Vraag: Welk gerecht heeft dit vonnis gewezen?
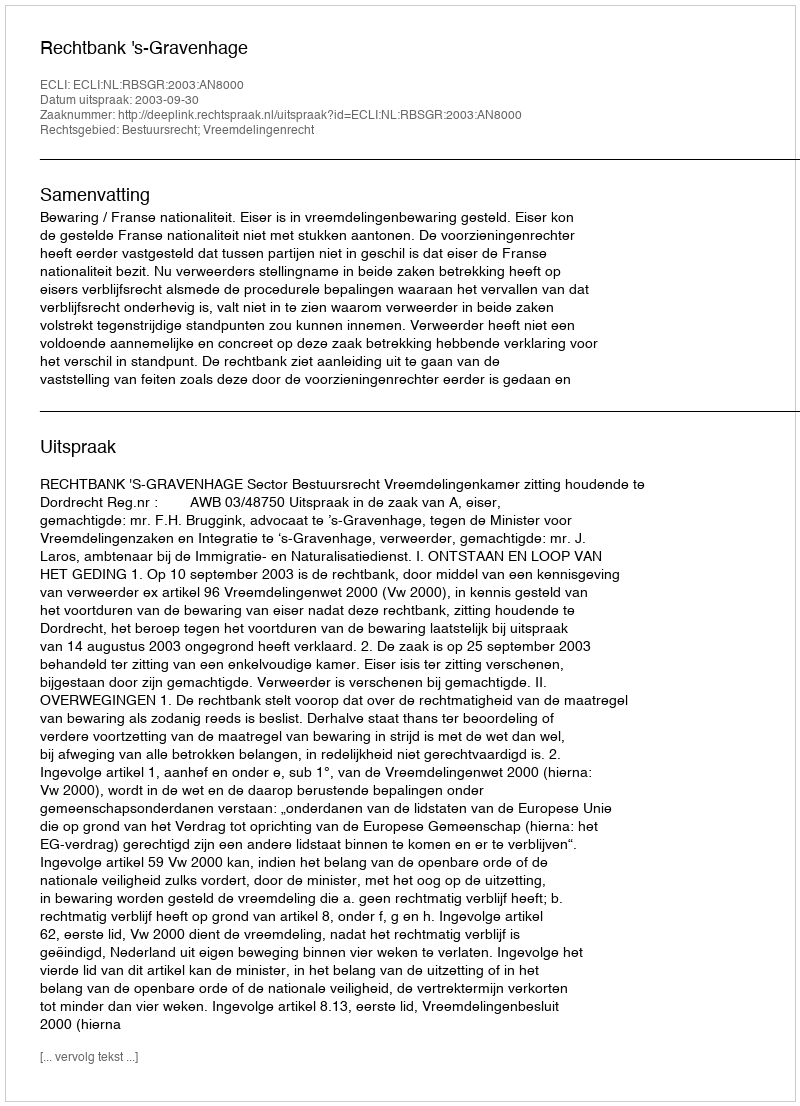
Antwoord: Rechtbank 's-Gravenhage